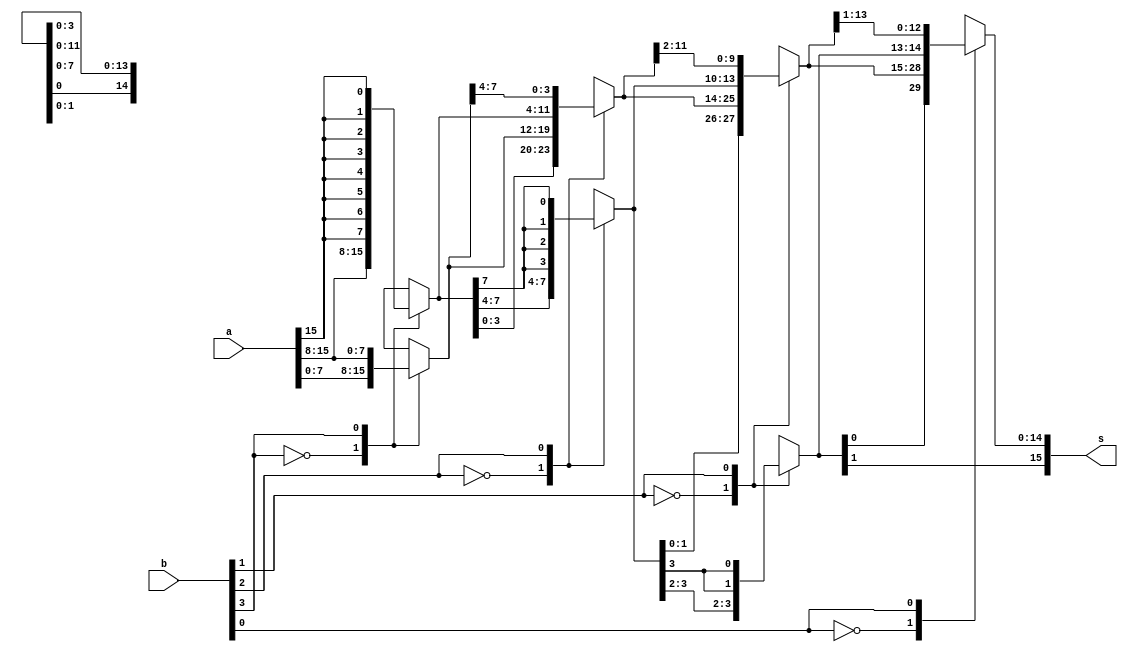
module sixteen_bit_sra_22 (
    input [15:0] a,
    input [3:0] b,
    output reg [15:0] s
  );
  
  
  
  reg [15:0] w;
  reg [15:0] x;
  reg [15:0] y;
  
  always @* begin
    
    case (b[3+0-:1])
      1'h0: begin
        w = a;
      end
      1'h1: begin
        w[8+7-:8] = {4'h8{a[15+0-:1]}};
        w[0+7-:8] = a[8+7-:8];
      end
      default: begin
        w = a;
      end
    endcase
    
    case (b[2+0-:1])
      1'h0: begin
        x = w;
      end
      1'h1: begin
        x[12+3-:4] = {3'h4{w[15+0-:1]}};
        x[0+11-:12] = w[4+11-:12];
      end
      default: begin
        x = w;
      end
    endcase
    
    case (b[1+0-:1])
      1'h0: begin
        y = x;
      end
      1'h1: begin
        y[14+1-:2] = {2'h2{x[15+0-:1]}};
        y[0+13-:14] = x[2+13-:14];
      end
      default: begin
        y = x;
      end
    endcase
    
    case (b[0+0-:1])
      1'h0: begin
        s = y;
      end
      1'h1: begin
        s[15+0-:1] = y[15+0-:1];
        s[0+14-:15] = y[1+14-:15];
      end
      default: begin
        s = y;
      end
    endcase
  end
endmodule